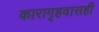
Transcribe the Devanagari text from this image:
कारागृहवासही